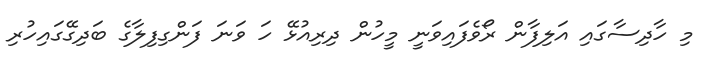
މި ހާދިސާގައި އަލިފާން ރޯވެފައިވަނީ މީހުން ދިރިއުޅޭ ހަ ވަނަ ފަންގިފިލާގެ ބަދިގޭގައިހުރި